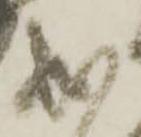
成